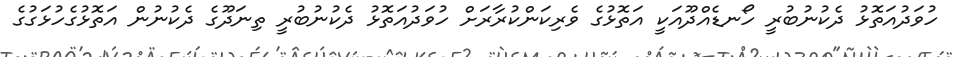
ހުވަދުއަތޮޅު ދެކުނުބުރީ ހޯނޑެއްދޫއަކީ އަތޮޅުގެ ވެރިކަންކުރާރަށް ހުވަދުއަތޮޅު ދެކުނުބުރީ ތިނަދޫގެ ދެކުނުން އަތޮޅުގެހުޅަގުގެ